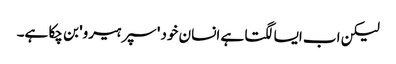
لیکن اب ایسا لگتا ہے انسان خود 'سپر ہیرو' بن چکا ہے۔